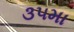
૩૫મા